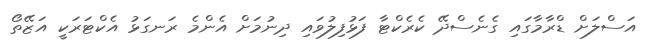
އަސްލަށް ޑްރާމާގައި ގެނެސްދޭ ކެރެކްޓާ ފަޅުފިލުވައި ދިނުމަށް އެންމެ ރަނގަޅު އެކްޓަރަކީ އަޒޭތޯ